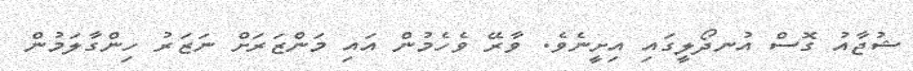
ޝުޖާއު ގޮސް އުނދޯލީގައި އިށީނެވެ. ވާރޭ ވެހެމުން އައި މަންޒަރަށް ނަޒަރު ހިންގާލަމުން